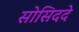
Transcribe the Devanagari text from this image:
सोसिददे